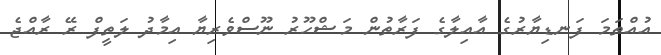
އުއްތަމަ ފަނޑިޔާރުގެ އާއިލާގެ ފަރާތުން މަޝްހޫރު ނޫސްވެރިޔާ އިމާދު ލަތީފް ރޭ ރާއްޖެ